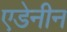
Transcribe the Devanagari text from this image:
एडेनीन